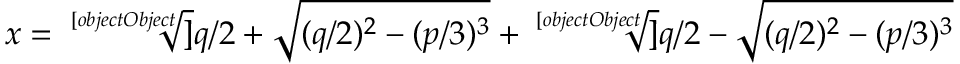
x = { \sqrt [ [object Object] ] { q / 2 + { \sqrt { ( q / 2 ) ^ { 2 } - ( p / 3 ) ^ { 3 } } } } } + { \sqrt [ [object Object] ] { q / 2 - { \sqrt { ( q / 2 ) ^ { 2 } - ( p / 3 ) ^ { 3 } } } } }